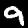
Digit: 9